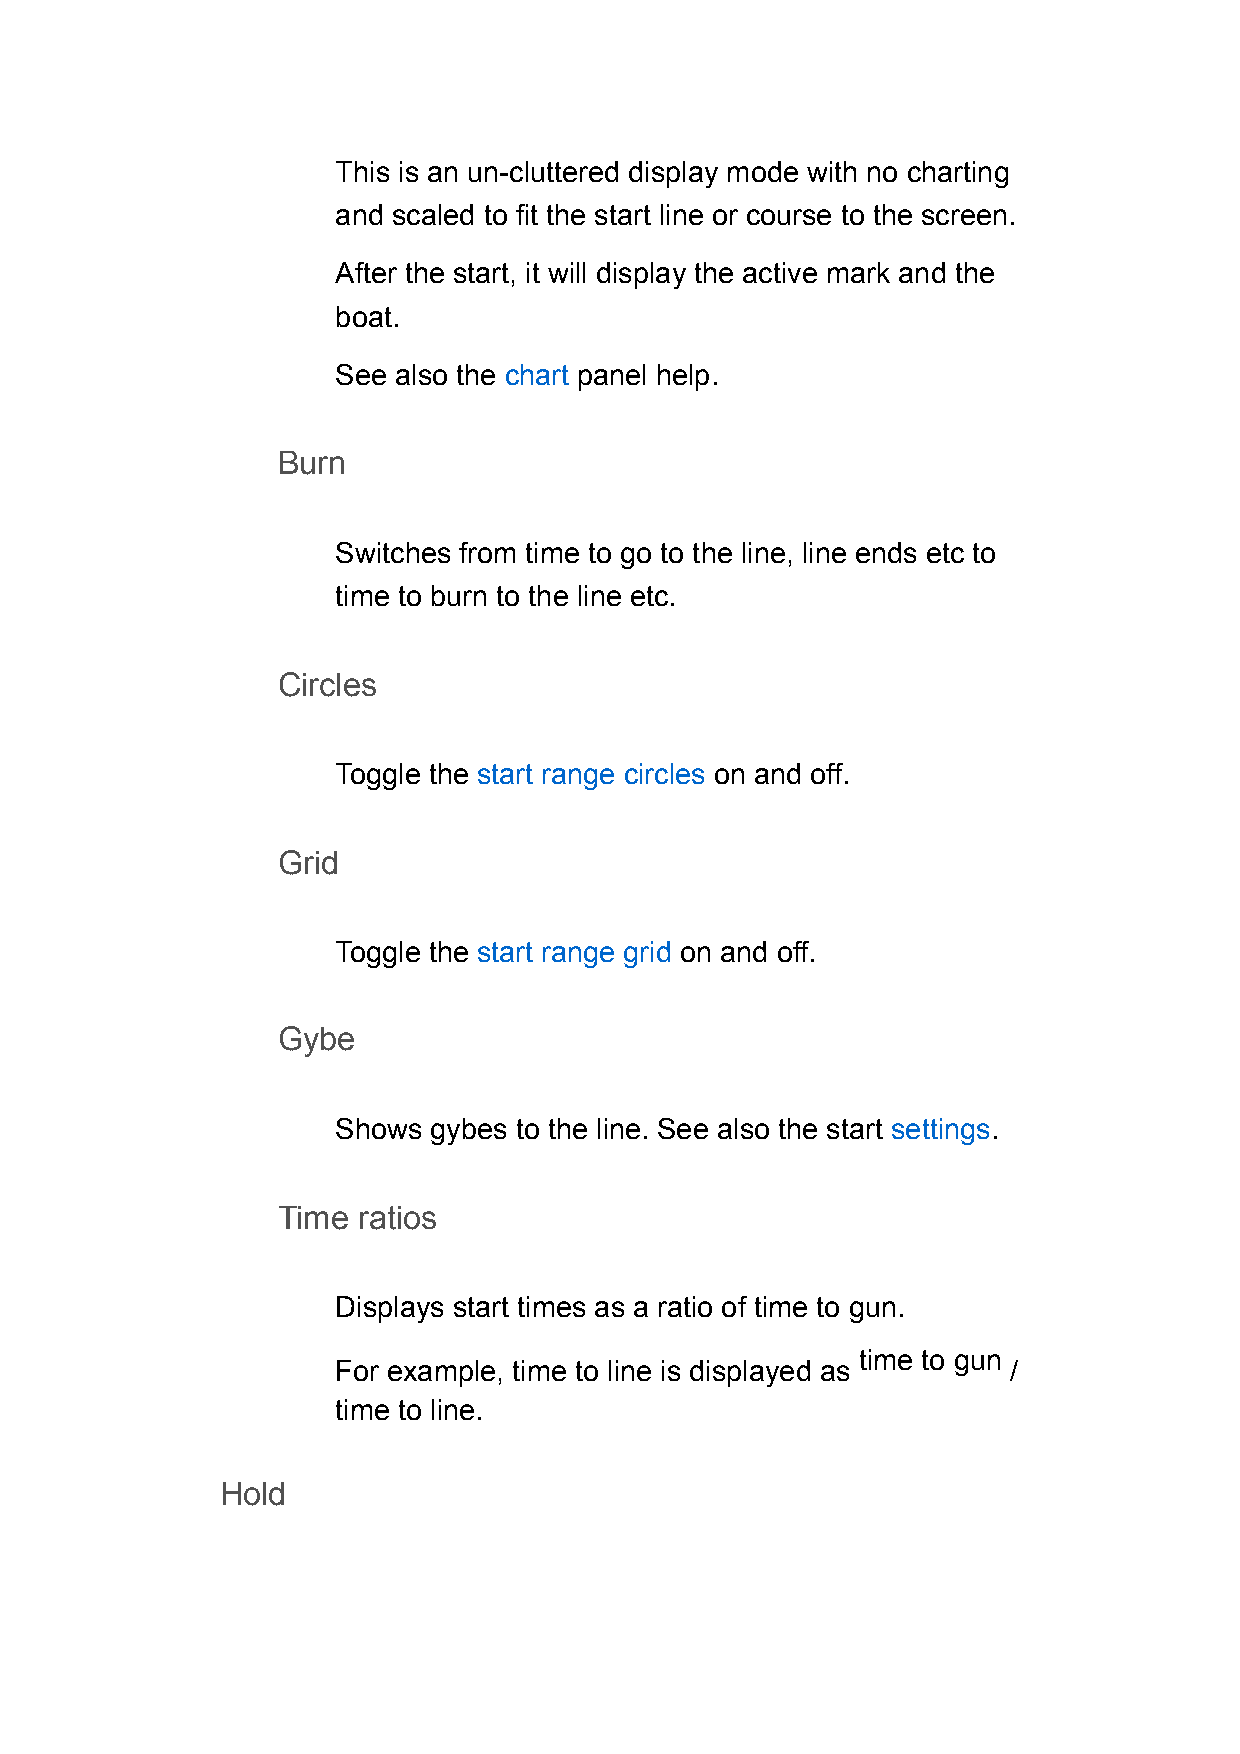
This is an un-cluttered display mode with no charting
 and scaled to fit the start line or course to the screen.
 After the start, it will display the active mark and the
 boat.
 See also the chart panel help.
 Burn
 Switches from time to go to the line, line ends etc to
 time to burn to the line etc.
 Circles
 Toggle the start range circles on and off.
 Grid
 Toggle the start range grid on and off.
 Gybe
 Shows gybes to the line. See also the start settings.
 Time  ratios
 Displays start times as a ratio of time to gun.
 time to gun
 For example, time to line is displayed as    /
 time to line.
 Hold